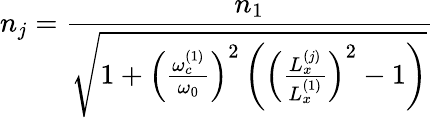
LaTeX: n_{j}=\frac{n_{1}}{\sqrt{1+\left(\frac{\omega_{c}^{(1)}}{\omega_{0}}\right)^{2}\left(\left(\frac{L_{x}^{(j)}}{L_{x}^{(1)}}\right)^{2}-1\right)}}